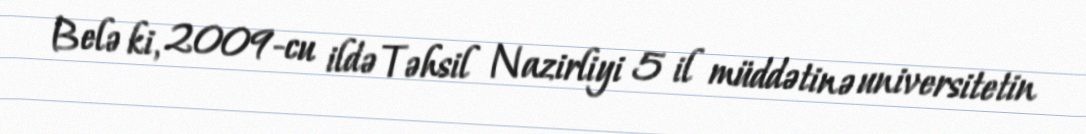
Belə ki, 2009-cu ildə Təhsil Nazirliyi 5 il müddətinə universitetin